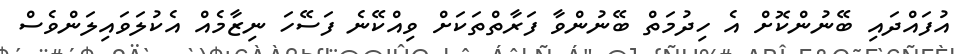
އުފައްދައި ބޭނުންކޮށް އެ ހިދުމަތް ބޭނުންވާ ފަރާތްތަކަށް ވިއްކޭނެ ފަސޭހަ ނިޒާމެއް އެކުލަވައިލަންވެސް